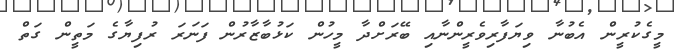
މީގެކުރީން އެބުނާ ވިޔަފާރިވެރީންނާއި ބޭރަށްދާ މީހުން ކަޅުބާޒާރުން ފަނަރަ ރުފިޔާގެ މަތީން ގަތް